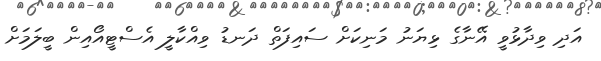
އަދި ވިދާޅުވީ އޭނާގެ ޅިޔަނު މަނިކަށް ސައިފަތް ދަނޑު ވިއްކާލީ އެސްޓީއޯއިން ބީލަމަށް